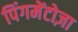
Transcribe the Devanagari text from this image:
पिंगमेंटोज़ा